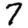
Digit: 7